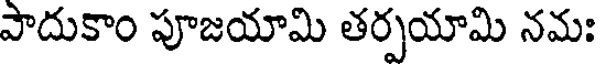
పాదుకాం పూజయామి తర్పయామి నమః